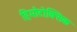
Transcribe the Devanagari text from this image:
हिमोटोक्सिक